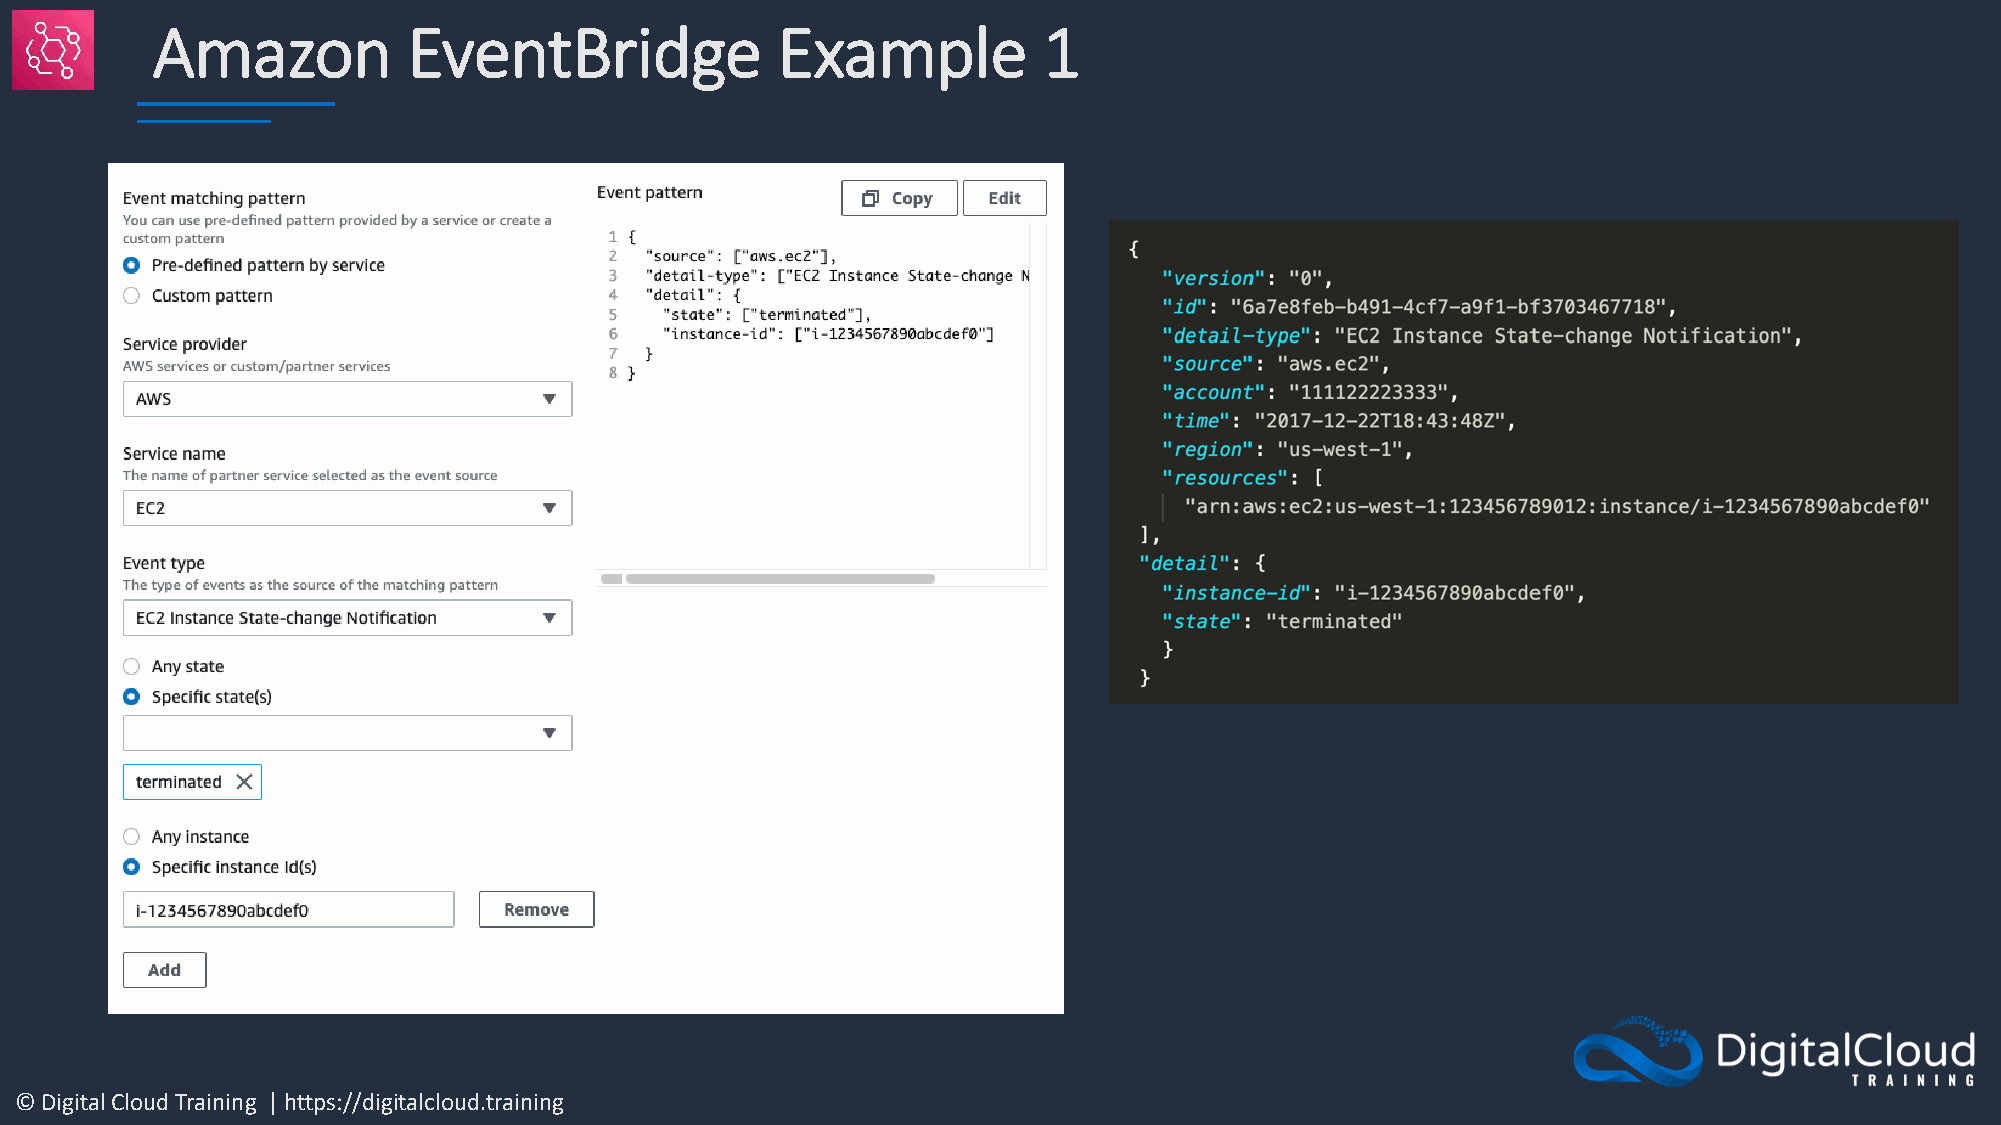
Amazon           EventBridge             Example           1
 © Digital Cloud Training | https://digitalcloud.training